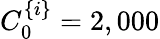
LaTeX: C_{0}^{\{ i\} }=2,000